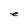
Character: e